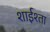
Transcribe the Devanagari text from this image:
शाईश्ता